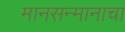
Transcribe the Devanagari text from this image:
मानसन्मानाचा